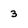
Character: 3